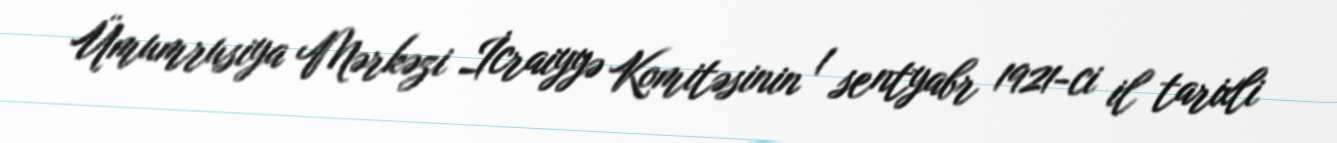
Ümumrusiya Mərkəzi İcraiyyə Komitəsinin 1 sentyabr 1921-ci il tarixli